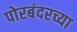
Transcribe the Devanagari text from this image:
पोरबंदरच्या